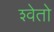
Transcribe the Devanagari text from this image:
श्‍वेतो